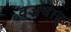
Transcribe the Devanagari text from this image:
वज्रबाहु